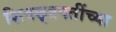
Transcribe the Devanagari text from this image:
शिवछ्त्रपतींच्या